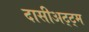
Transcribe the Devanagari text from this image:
दासीअट्ट्म